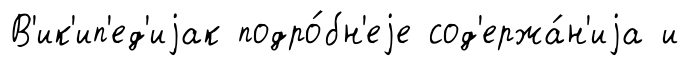
В'ик'ип'ед'иjак подро́бн'еjе сод'ержа́н'иjа и